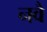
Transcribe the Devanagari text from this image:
नवै